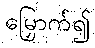
မြှောက်၍